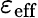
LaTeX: \varepsilon_{\mathrm{eff}}